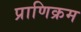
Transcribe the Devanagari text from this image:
प्राणिक्रम